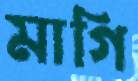
মাগি